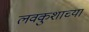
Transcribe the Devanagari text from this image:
लवकुशाच्या